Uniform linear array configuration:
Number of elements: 16
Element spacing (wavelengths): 1
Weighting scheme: hann
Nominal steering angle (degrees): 45
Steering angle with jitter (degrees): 44.273
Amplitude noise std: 0.05
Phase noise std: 0.05

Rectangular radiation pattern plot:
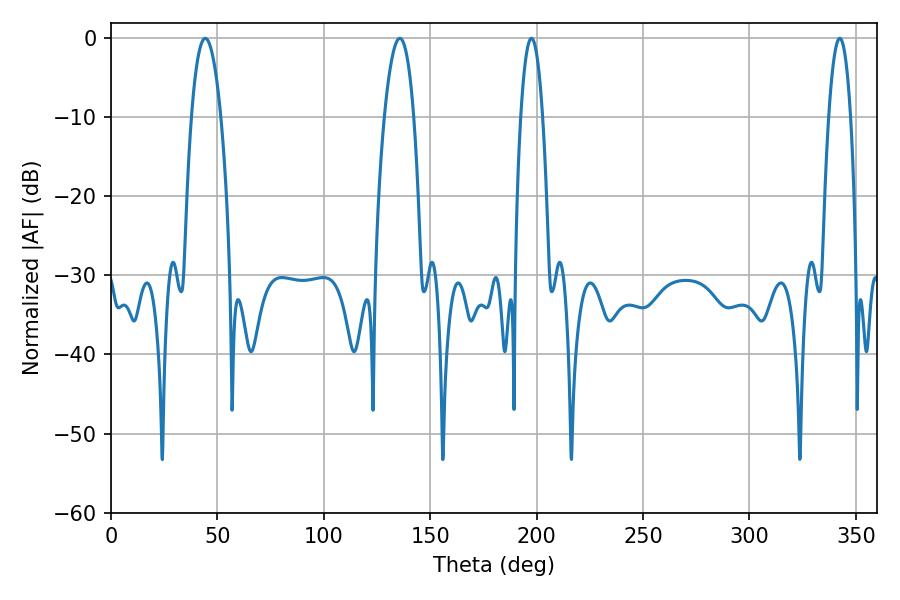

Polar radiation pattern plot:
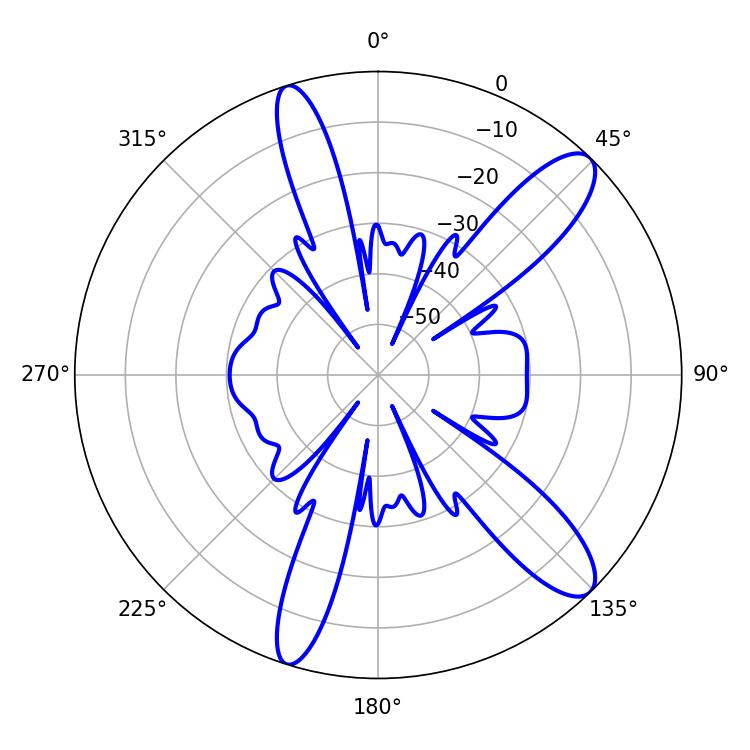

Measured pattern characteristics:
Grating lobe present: TRUE
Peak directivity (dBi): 11.683
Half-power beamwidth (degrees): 7.74
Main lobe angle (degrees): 44.28